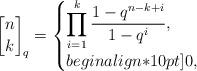
LaTeX: \begin{align*}{n\brack k}_q=\begin{cases}\displaystyle \prod_{i=1}^{k}\frac{1-q^{n-k+i}}{1-q^i},& \\begin{align*}10pt]0, &\end{cases}\end{align*}